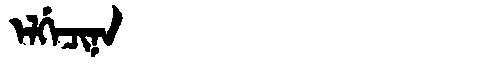
Manchu: ᡝᠯᡤᡝᠴᡳᠨᠠ
Romanization: ELGECINA